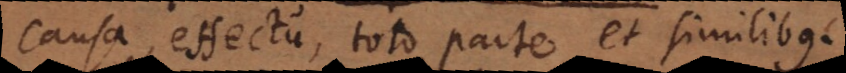
causa, effectu, toto, parte et similibus.